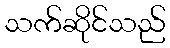
သက်ဆိုင်သည်